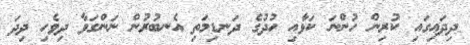
ދިދައިގައި ކުރިން ހުންނަ ކަޅާއި ހުދުގެ ދަނޑިމަތި އެނބުރުން ނަންގަވާ ދިވެހި ދިދަ